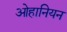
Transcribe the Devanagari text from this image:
ओहानियन